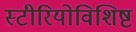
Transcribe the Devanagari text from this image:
स्टीरियोविशिष्ट